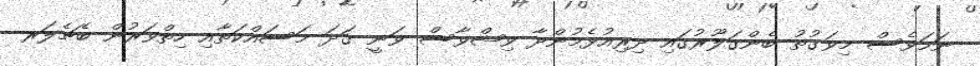
ނަމަވެސް މިވަގުތު ބެންގަލޫރުގައި ދިރިއުޅެމުންދާ ވިޝްވާސް ވަނީ ގަދަ މަސައްކަތާއި ހިތްވަރުން ބެޗެލަރ